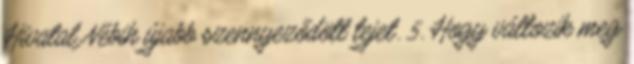
Hivatal Nébih újabb szennyeződött tejet. 5. Hogy változik meg